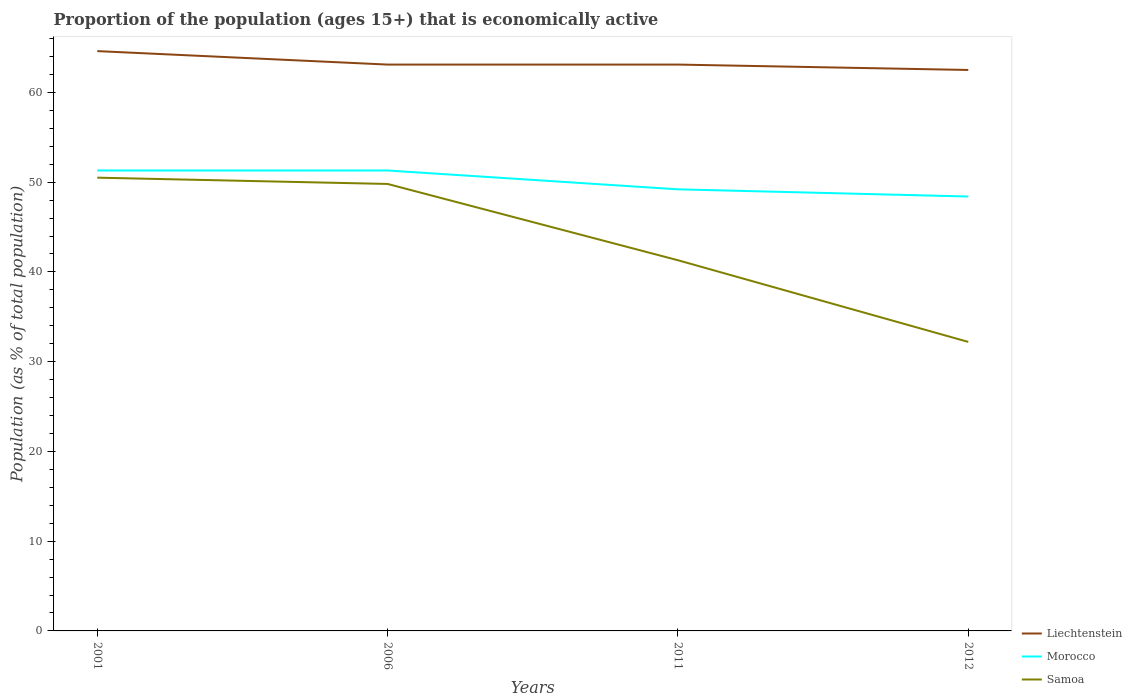
| Years | Liechtenstein | Morocco | Samoa |
 | --- | --- | --- | --- |
 | 2001 | 64.6 | 51.3 | 50.5 |
 | 2006 | 63.1 | 51.3 | 49.8 |
 | 2011 | 63.1 | 49.2 | 41.3 |
 | 2012 | 62.5 | 48.4 | 32.2 |